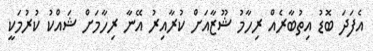
އެފަދަ ބޮޑު އިތުބާރެއް ރިހާމު ޝޫޒާއަށް ކުރާއިރު އޭނާ ރިހާމަށް ޝައްކު ކުރުމަކީ